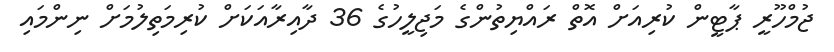
ޖުމްހޫރީ ޕާޓީން ކުރިއަށް އޮތް ރައްޔިތުންގެ މަޖިލީހުގެ 36 ދާއިރާއަކަށް ކުރިމަތިލުމަށް ނިންމައި